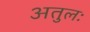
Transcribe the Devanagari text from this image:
अतुलः